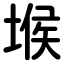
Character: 堠